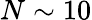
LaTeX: N\sim 10